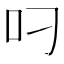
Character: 叼